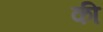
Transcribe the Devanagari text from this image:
की